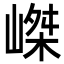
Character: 嵥